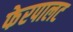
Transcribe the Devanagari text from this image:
फेरपालट